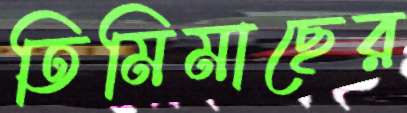
তিমিমাছের